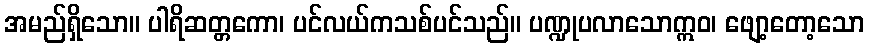
အမည်ရှိသော။ ပါရိဆတ္တကော၊ ပင်လယ်ကသစ်ပင်သည်။ ပဏ္ဍုပလာသောဣဝ၊ ဖျော့တော့သော